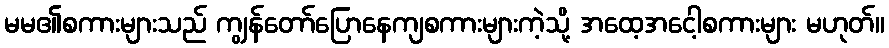
မမ၏စကားများသည် ကျွန်တော်ပြောနေကျစကားများကဲ့သို့ အထေ့အငေါ့စကားများ မဟုတ်။